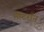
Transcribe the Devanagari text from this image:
मीटरॉन